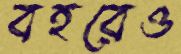
বহরেও